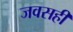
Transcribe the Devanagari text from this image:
जवसही